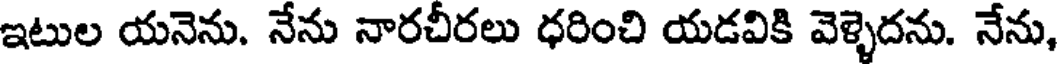
ఇటుల యనెను. నేను నారచీరలు ధరించి యడవికి వెళ్ళెదను. నేను,